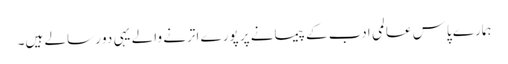
ہمارے پاس عالمی ادب کے پیمانے پر پورے اترنے والے یہی دو رسالے ہیں۔